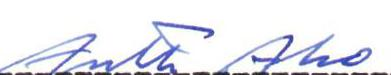
Antti Aho